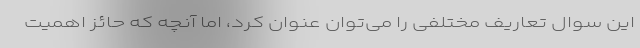
این سوال تعاریف مختلفی را می‌توان عنوان کرد، اما آنچه که حائز اهمیت